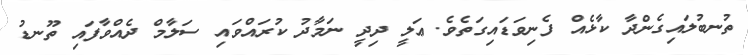
ތުނބުލައިގެންދާ ކާޅެއް ފެނިވަޑައިގަތެވެ. ޢަލީ ދިދީ ނަމާދު ކުރައްވައި ސަލާމް ދެއްވާފައި ތޫނޑު